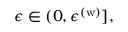
\epsilon \in ( 0 , \epsilon ^ { ( \mathrm { w } ) } ] ,